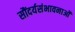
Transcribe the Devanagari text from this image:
सौंदर्यसंभावनाओं